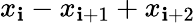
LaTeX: x_{\mathbf{i}}-x_{\mathbf{i}+1}+x_{\mathbf{i}+2}